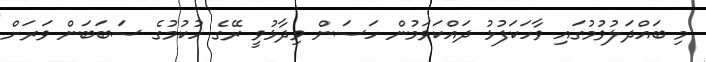
މި ބައްދަލުވުމުގައި ވާހަކަފުޅު ދައްކަވަމުން ހަސަން ވިދާޅުވީ ރޭގެ ހުކުމުގެ ސަބަބަން ވަރަށް